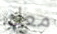
معك